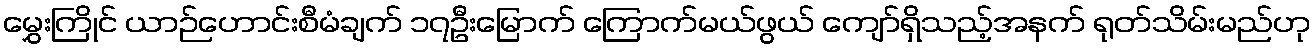
မွှေးကြိုင် ယာဉ်ဟောင်းစီမံချက် ၁၇ဦးမြောက် ကြောက်မယ်ဖွယ် ကျော်ရှိသည့်အနက် ရုတ်သိမ်းမည်ဟု